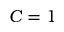
C = 1